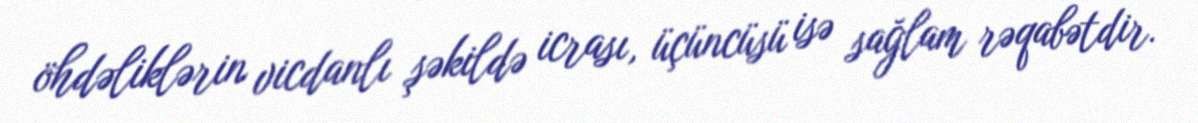
öhdəliklərin vicdanlı şəkildə icrası, üçüncüsü isə sağlam rəqabətdir.